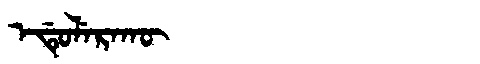
Manchu: ᡝᡩᡠᠯᡝᡵᠠᡴᡡ
Romanization: EDULERAKŪ